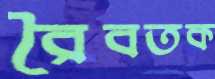
রৈবতক